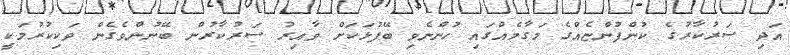
އަދި ސަރުކާރުގެ ކުންފުންޏެއްގެ މަގާމެއްގައި ހުންނެވި ބޭފުޅަކަށް ވާއިރު ސަރުކާރުން ބޭނުންވެގެން ވަކިކުރުމަކީ